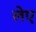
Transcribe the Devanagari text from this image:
लेए